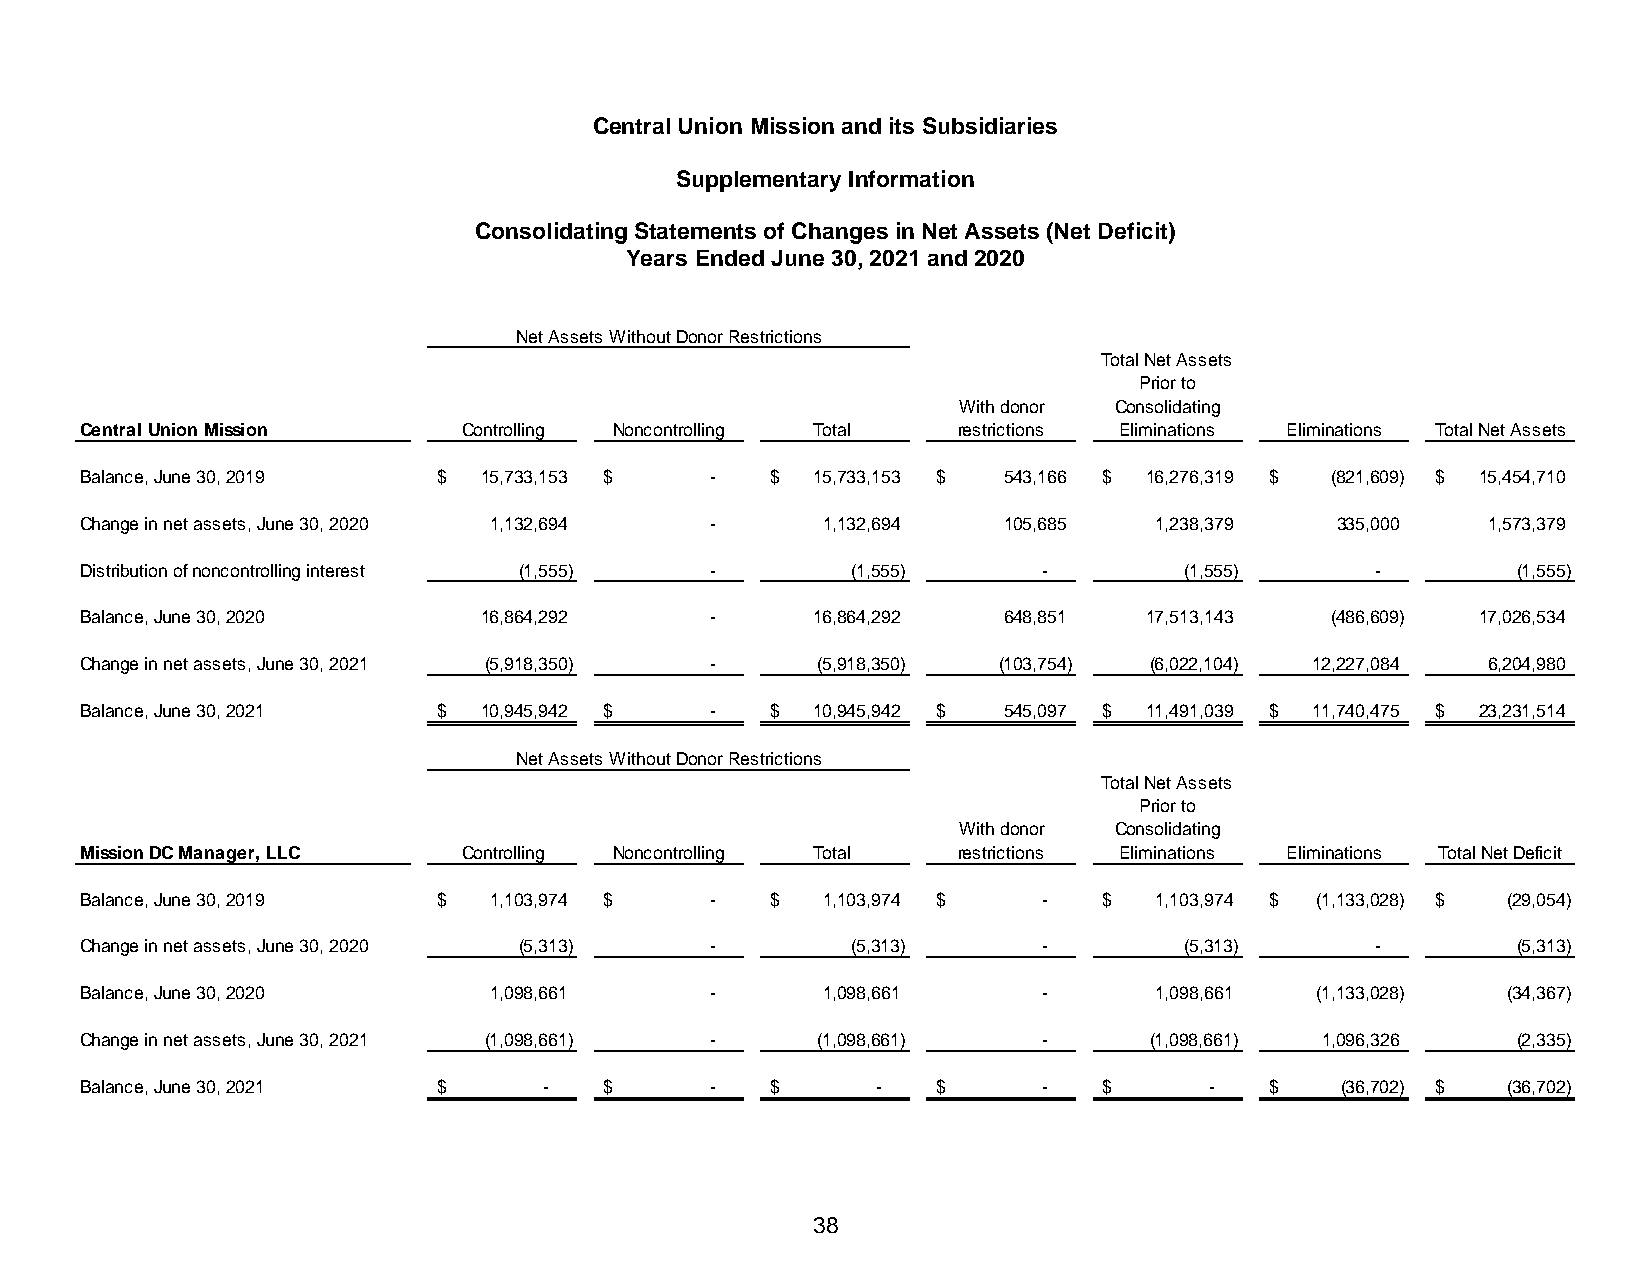
Central Union Mission and its Subsidiaries
 Supplementary Information
 Consolidating Statements of Changes in Net Assets (Net Deficit)
 Years Ended June 30, 2021 and 2020
 Net Assets Without Donor Restrictions
 Total Net Assets
 Prior to
 With donor Consolidating
 Central Union Mission     Controlling Noncontrolling Total restrictions Eliminations Eliminations Total Net Assets
 Balance, June 30, 2019  $  15,733,153 $   -   $  15,733,153 $ 543,166 $ 16,276,319 $ (821,609) $ 15,454,710
 Change in net assets, June 30, 2020 1,132,694 -  1,132,694   105,685   1,238,379   335,000   1,573,379
 Distribution of noncontrolling interest ( 1,555) - ( 1,555)     -        ( 1,555)     -        ( 1,555)
 Balance, June 30, 2020     1 6,864,292    -      1 6,864,292 648,851   1 7,513,143 (486,609) 1 7,026,534
 Change in net assets, June 30, 2021 (5,918,350) - (5,918,350) (103,754) (6,022,104) 12,227,084 6,204,980
 Balance, June 30, 2021  $  10,945,942 $   -   $  10,945,942 $ 545,097 $ 11,491,039 $ 11,740,475 $ 23,231,514
 Net Assets Without Donor Restrictions
 Total Net Assets
 Prior to
 With donor Consolidating
 Mission DC Manager, LLC   Controlling Noncontrolling Total restrictions Eliminations Eliminations Total Net Deficit
 Balance, June 30, 2019  $  1 ,103,974 $   -   $  1 ,103,974 $   -   $  1 ,103,974 $ ( 1,133,028) $ (29,054)
 Change in net assets, June 30, 2020 ( 5,313) -     ( 5,313)     -        ( 5,313)     -        ( 5,313)
 Balance, June 30, 2020     1,098,661      -      1,098,661      -      1,098,661  (1,133,028)  (34,367)
 Change in net assets, June 30, 2021 (1,098,661) - (1,098,661)   -      (1,098,661) 1,096,326   ( 2,335)
 Balance, June 30, 2021  $      -   $      -   $      -   $      -   $      -   $    (36,702) $ (36,702)
 38